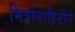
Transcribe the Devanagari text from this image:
मित्रोबाहिनीने